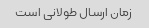
زمان ارسال طولانی است